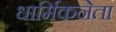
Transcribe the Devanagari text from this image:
धार्मिकनेता